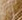
من